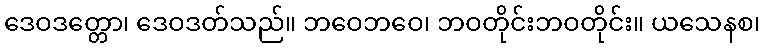
ဒေဝဒတ္တော၊ ဒေဝဒတ်သည်။ ဘဝေဘဝေ၊ ဘဝတိုင်းဘဝတိုင်း။ ယသေနစ၊